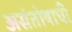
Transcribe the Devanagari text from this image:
असंतोषाची